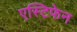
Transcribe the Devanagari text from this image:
एस्टिफेन